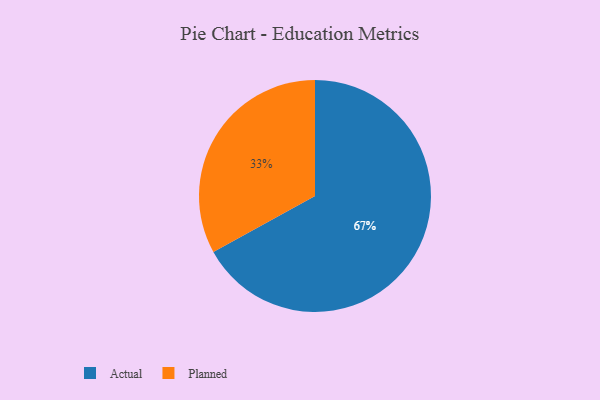
{"axis": {"x": "Category", "y": "Percentage"}, "legend": ["Actual", "Planned"], "data": [{"x": "Actual", "y": 67, "type": "Actual"}, {"x": "Planned", "y": 33, "type": "Planned"}]}